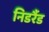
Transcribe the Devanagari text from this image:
निडर्रैड